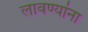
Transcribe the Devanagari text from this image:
लावण्यांना